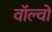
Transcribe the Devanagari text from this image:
वाॅल्वो